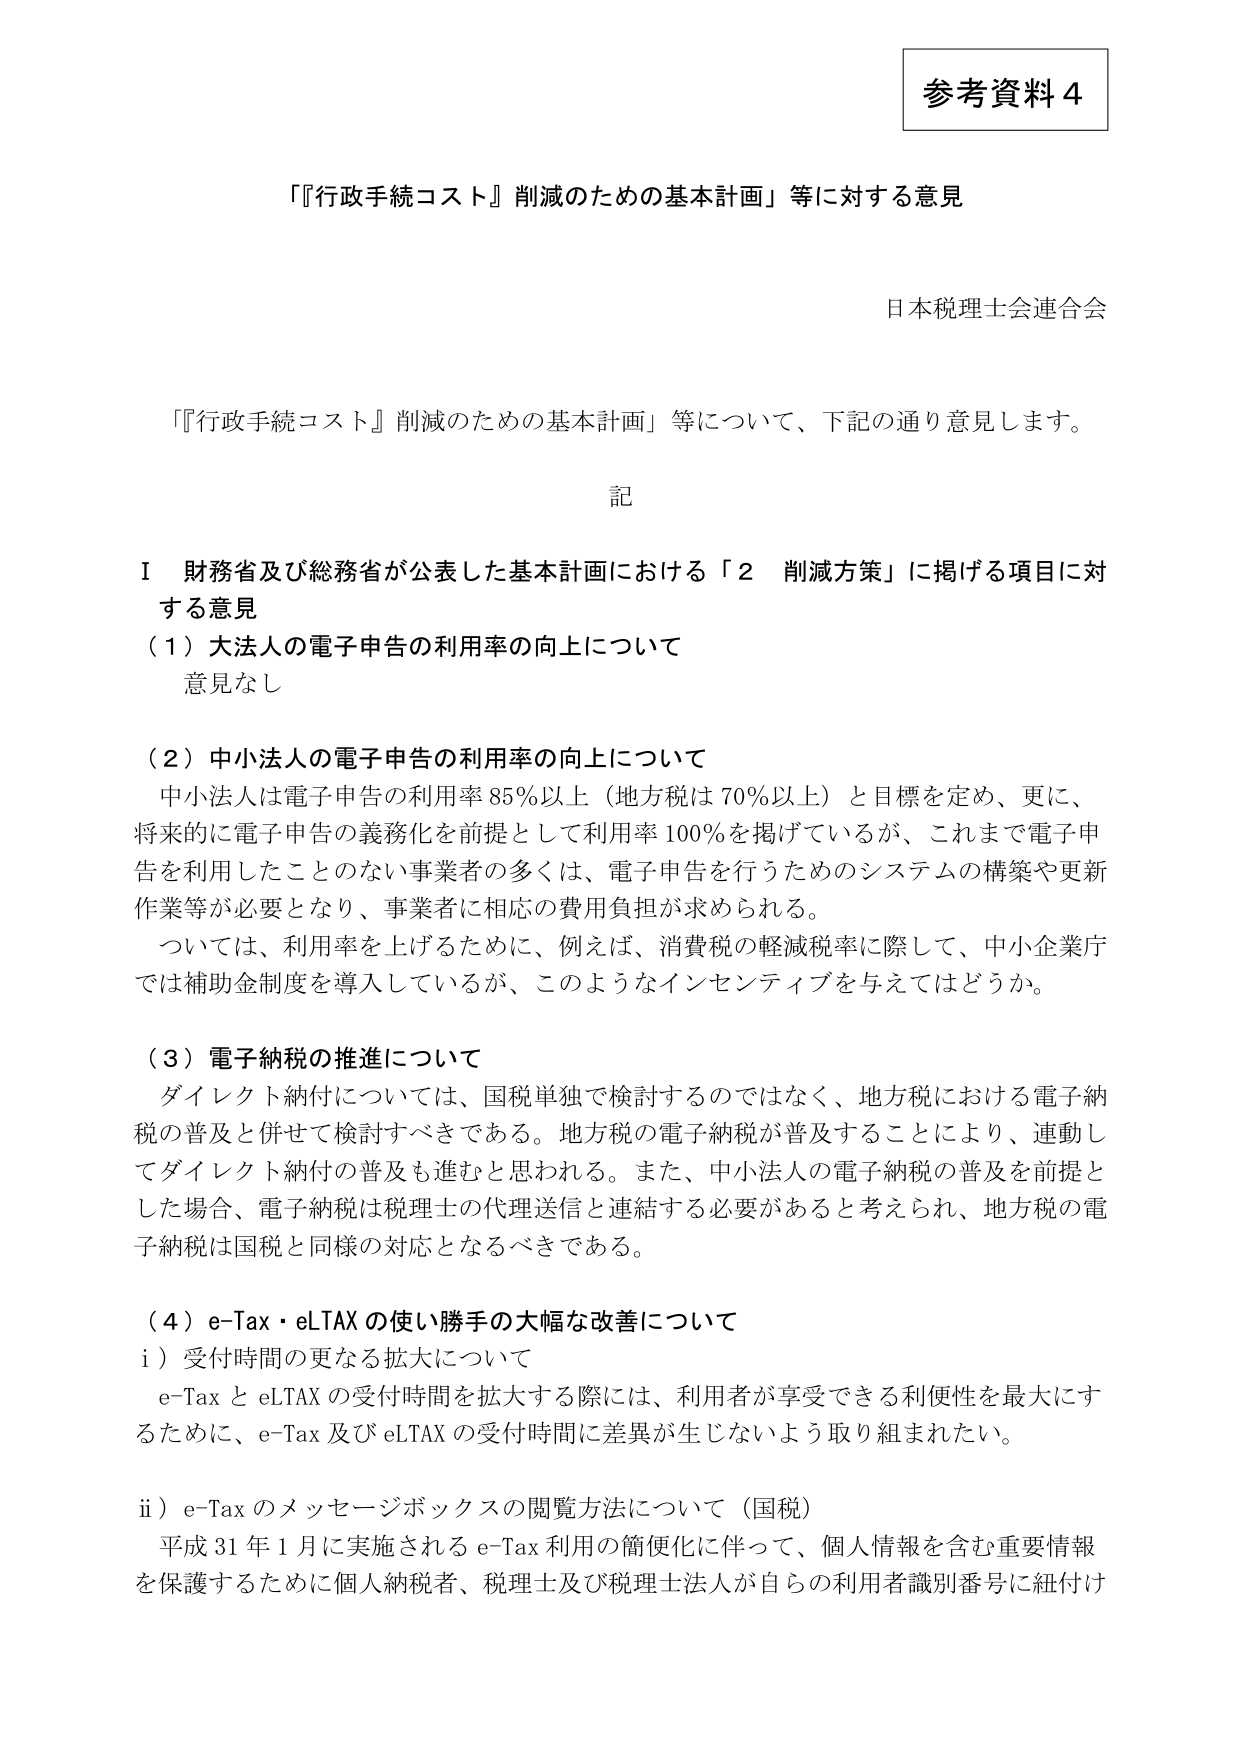
参考資料４

「『行政手続コスト』削減のための基本計画」等に対する意見

日本税理士会連合会

「『行政手続コスト』削減のための基本計画」等について、下記の通り意見します。

記

Ⅰ 財務省及び総務省が公表した基本計画における「２ 削減方策」に掲げる項目に対する意見

（１）大法人の電子申告の利用率の向上について
意見なし

（２）中小法人の電子申告の利用率の向上について
中小法人は電子申告の利用率85％以上（地方税は70％以上）と目標を定め、更に、将来的に電子申告の義務化を前提として利用率100％を掲げているが、これまで電子申告を利用したことのない事業者の多くは、電子申告を行うためのシステムの構築や更新作業等が必要となり、事業者に相応の費用負担が求められる。
ついては、利用率を上げるために、例えば、消費税の軽減税率に際して、中小企業庁では補助金制度を導入しているが、このようなインセンティブを与えてはどうか。

（３）電子納税の推進について
ダイレクト納付については、国税単独で検討するのではなく、地方税における電子納税の普及と併せて検討すべきである。地方税の電子納税が普及することにより、連動してダイレクト納付の普及も進むと思われる。また、中小法人の電子納税の普及を前提とした場合、電子納税は税理士の代理送信と連結する必要があると考えられ、地方税の電子納税は国税と同様の対応となるべきである。

（４）e-Tax・eLTAXの使い勝手の大幅な改善について
ⅰ）受付時間の更なる拡大について
e-TaxとeLTAXの受付時間を拡大する際には、利用者が享受できる利便性を最大にするために、e-Tax及びeLTAXの受付時間に差異が生じないよう取り組まれたい。

ⅱ）e-Taxのメッセージボックスの閲覧方法について（国税）
平成31年1月に実施されるe-Tax利用の簡便化に伴って、個人情報を含む重要情報を保護するために個人納税者、税理士及び税理士法人が自らの利用者識別番号に紐付け